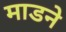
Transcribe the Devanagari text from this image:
माडने